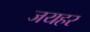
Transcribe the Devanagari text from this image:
जयहर